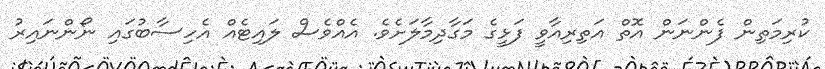
ކުރިމަތިން ފެންނަން އޮތް އަތިރިއާވީ ފަޅީގެ މަގާދިމާލަށެވެ. އެއްވެސް ލައިޓެއް އެހިސާބުގައި ނޯންނައިރު